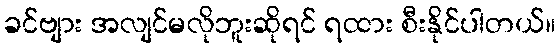
ခင်ဗျား အလျင်မလိုဘူးဆိုရင် ရထား စီးနိုင်ပါတယ်။